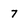
Character: 7